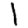
Digit: 1